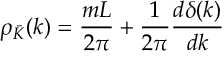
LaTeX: \rho _ { \bar { { \cal K } } } ( k ) = \frac { m L } { 2 \pi } + \frac { 1 } { 2 \pi } \frac { d \delta ( k ) } { d k }